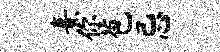
熹你苞忌